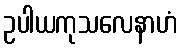
ဥပါယကုသလေနာဟံ